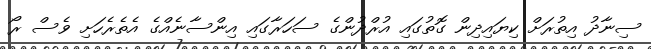
ސިނާދު އިތުރަށް ކިޔައިދިން ގޮތުގައި އުރްދުންގެ ސަހަރާގައި އިންސާނެއްގެ އެތެރެހަށި ވެސް ރޯ